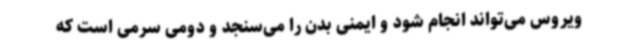
ویروس می‌تواند انجام شود و ایمنی بدن را می‌سنجد و دومی سرمی است که